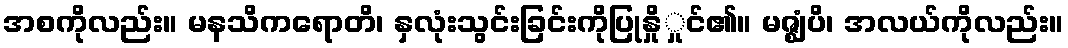
အစကိုလည်း။ မနသိကရောတိ၊ နှလုံးသွင်းခြင်းကိုပြုနှိုှုင်၏။ မဇ္ဈံပိ၊ အလယ်ကိုလည်း။